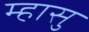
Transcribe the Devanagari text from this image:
म्हासु